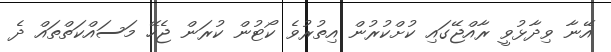
އޭނާ ވިދާޅުވީ ރާއްޖޭގައި ކުށްކުރުން އިތުރުވެ ކޯޓުން ކުރަން ޖެހޭ މަސައްކަތްތައް ދެ